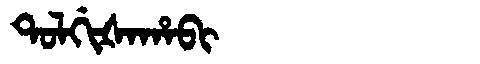
Manchu: ᡨᠣᠯᡤᡳᡧᠠᡥᠠᠪᡳ
Romanization: TOLGIŠAHABI